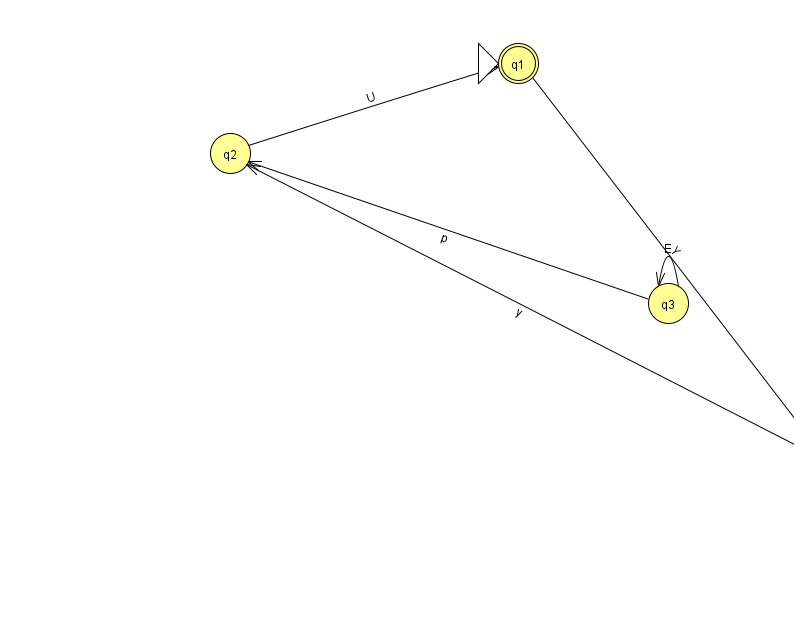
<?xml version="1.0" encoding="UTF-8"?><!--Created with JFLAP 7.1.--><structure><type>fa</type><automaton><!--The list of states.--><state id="0" name="q0"><x>818.0</x><y>440.0</y></state><state id="1" name="q1"><x>518.0</x><y>50.0</y><initial/><final/></state><state id="2" name="q2"><x>230.0</x><y>140.0</y></state><state id="3" name="q3"><x>668.0</x><y>290.0</y></state><!--The list of transitions.--><transition><from>2</from><to>1</to><read>U</read></transition><transition><from>3</from><to>3</to><read>E</read></transition><transition><from>3</from><to>2</to><read>p</read></transition><transition><from>0</from><to>2</to><read>y</read></transition><transition><from>0</from><to>0</to><read>N</read></transition><transition><from>1</from><to>0</to><read>Y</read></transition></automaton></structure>